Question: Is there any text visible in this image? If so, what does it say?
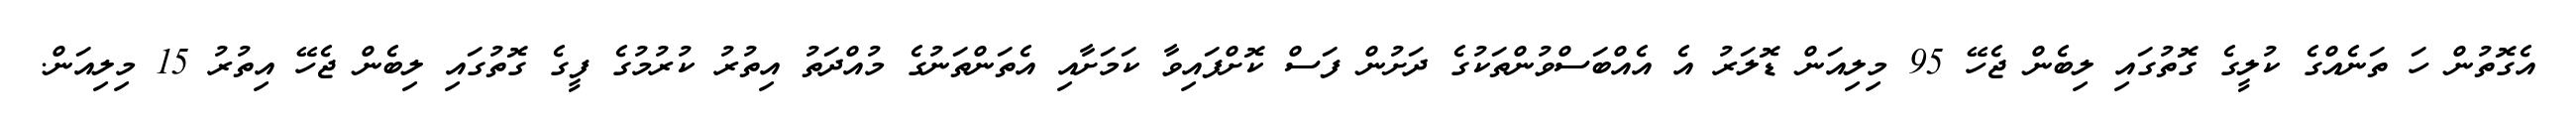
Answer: އެގޮތުން ހަ ތަނެއްގެ ކުލީގެ ގޮތުގައި ލިބެން ޖެހޭ 95 މިލިއަން ޑޮލަރު އެ އެއްބަސްވުންތަކުގެ ދަށުން ފަސް ކޮށްފައިވާ ކަމަށާއި އެތަންތަނުގެ މުއްދަތު އިތުރު ކުރުމުގެ ފީގެ ގޮތުގައި ލިބެން ޖެހޭ އިތުރު 15 މިލިއަން.